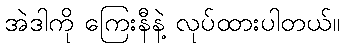
အဲဒါကို ကြေးနီနဲ့ လုပ်ထားပါတယ်။